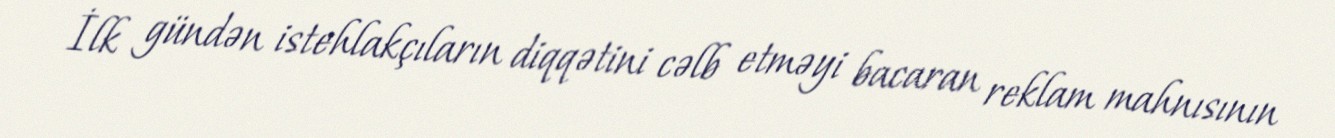
İlk gündən istehlakçıların diqqətini cəlb etməyi bacaran reklam mahnısının